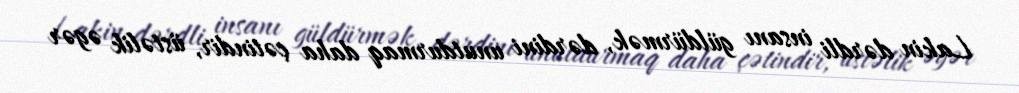
Lakin dərdli insanı güldürmək, dərdini unutdurmaq daha çətindir, üstəlik əgər